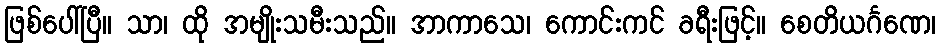
ဖြစ်ပေါ်ပြီ။ သာ၊ ထို အမျိုးသမီးသည်။ အာကာသေ၊ ကောင်းကင် ခရီးဖြင့်။ စေတိယင်္ဂဏေ၊